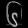
Digit: ၆